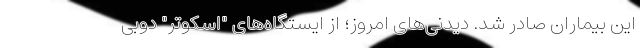
این بیماران صادر شد. دیدنی‌های امروز؛ از ایستگاه‌های "اسکوتر" دوبی